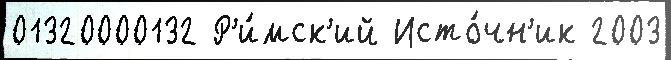
01320000132 Р'и́мск'ий Исто́чн'ик 2003